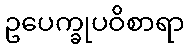
ဥပေက္ခုပဝိစာရာ